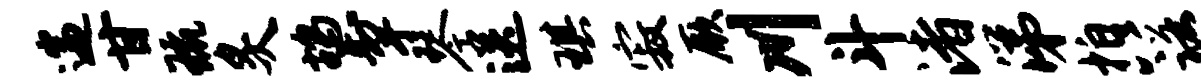
遄甘琉炙鸪掣琴送琪寂厥川斗渚涕拍八诺